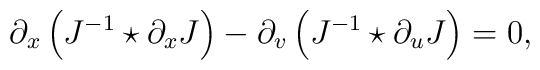
\partial_x\left(J^{-1}\star\partial_xJ\right)-\partial_v\left(J^{-1}\star\partial_uJ\right)=0,